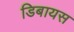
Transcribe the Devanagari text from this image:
डिबायस